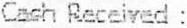
CASH RECEIVED :